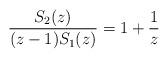
LaTeX: \begin{align*} \frac{S_2(z)}{(z-1) S_1(z)}=1 + \frac{1}{z}\end{align*}